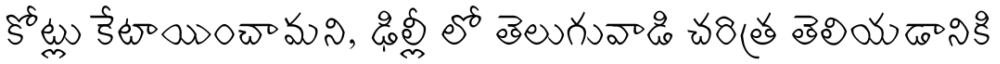
కోట్లు కేటాయించామని, ఢిల్లీ లో తెలుగువాడి చరిత్ర తెలియడానికి